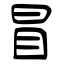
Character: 冒